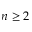
n \geq 2